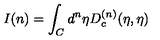
I ( n ) = \int _ { C } { d ^ { n } } { \eta } D _ { c } ^ { ( n ) } ( \eta , { \eta } )